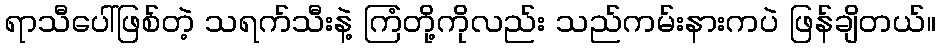
ရာသီပေါ်ဖြစ်တဲ့ သရက်သီးနဲ့ ကြံတို့ကိုလည်း သည်ကမ်းနားကပဲ ဖြန်ချိတယ်။